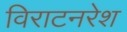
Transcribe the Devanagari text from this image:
विराटनरेश